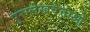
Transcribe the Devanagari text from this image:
पुरालेखवेत्ताओं